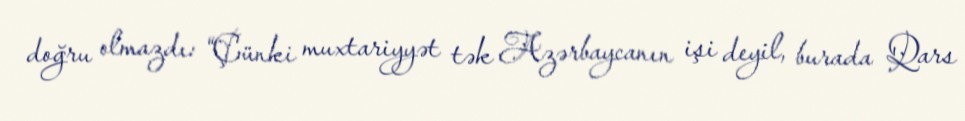
doğru olmazdı: “Çünki muxtariyyət tək Azərbaycanın işi deyil, burada Qars